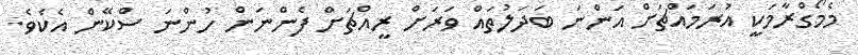
މެމޯގްރާމަކީ އުރަމައްޗަށް އަންނަ ބަދަލުތައް ވަރަށް ރީއްޗަށް ފެންނަން ހުންނަ ސްކޭން އެކެވެ.